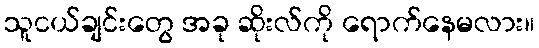
သူငယ်ချင်းတွေ အခု ဆိုးလ်ကို ရောက်နေမလား။